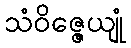
သံဝိဇ္ဇေယျုံ